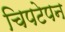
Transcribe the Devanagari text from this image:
चिपटेपन